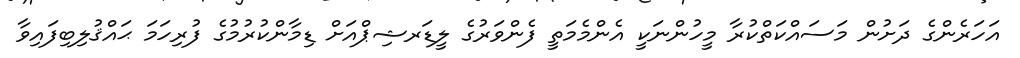
އަހަރެންގެ ދަށުން މަސައްކަތްކުރާ މީހުންނަކީ އެންމެމަތީ ފެންވަރުގެ ލީޑަރޝިޕްއަށް ޑިމާންކުރުމުގެ ފުރިހަމަ ޙައްޤުލިބިފައިވާ